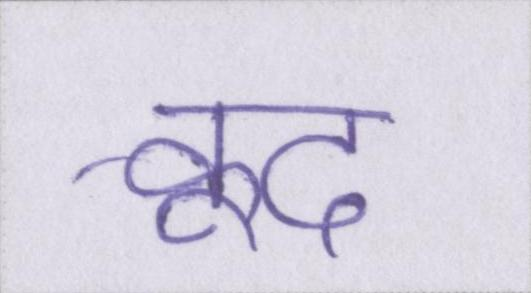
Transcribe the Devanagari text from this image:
कूद